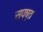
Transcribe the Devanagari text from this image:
स्प्ष्त